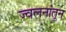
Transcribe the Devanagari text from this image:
ज्वलनांतून